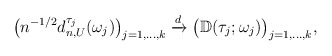
\begin{align*} \bigl( n^{-1/2} d^{\tau_j}_{n,U}(\omega_j) \bigr)_{j=1,\ldots,k} \xrightarrow{d} \bigl( \mathbb{D}(\tau_j;\omega_j) \bigr)_{j=1,\ldots,k},\end{align*}